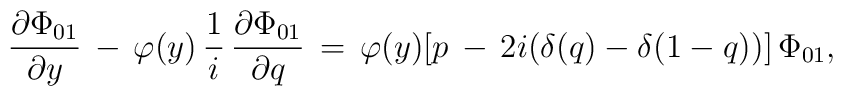
\frac{\partial\Phi_{01}}{\partial y}\,-\,\varphi(y)\,\frac 1i\,\frac{\partial \Phi_{01}}{\partial q}\,=\,\varphi(y)\bigl[p\,-\,2i\bigl(\delta(q)-\delta(1-q)\bigr)\bigr]\,\Phi_{01},